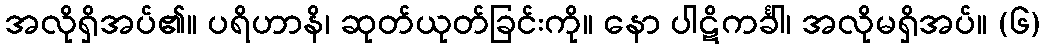
အလိုရှိအပ်၏။ ပရိဟာနိ၊ ဆုတ်ယုတ်ခြင်းကို။ နော ပါဋိကင်္ခါ၊ အလိုမရှိအပ်။ (၆)